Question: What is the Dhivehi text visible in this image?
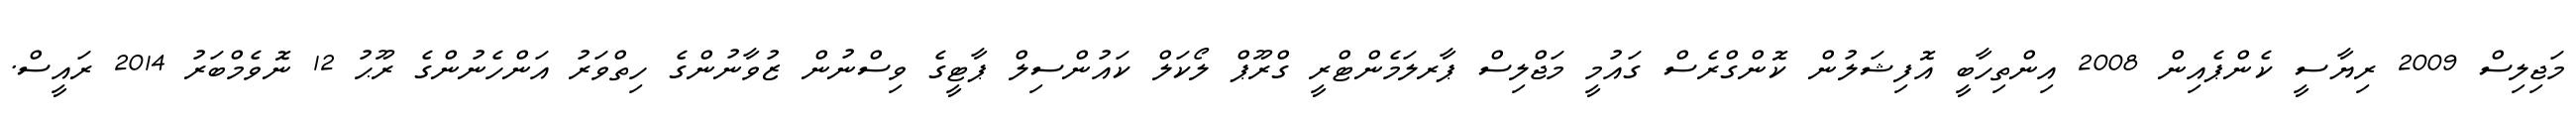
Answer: މަޖިލިސް 2009 ރިޔާސީ ކެންޕެއިން 2008 އިންތިހާބީ އޮފިޝަލުން ކޮންގްރެސް ގައުމީ މަޖްލިސް ޕާރލަމެންޓްރީ ގްރޫޕް ލޯކަލް ކައުންސިލް ޕާޓީގެ ވިސްނުން ޒުވާނުންގެ ހިތްވަރު އަންހެނުންގެ ރޫޙު 12 ނޮވެމްބަރު 2014 ރައީސް.